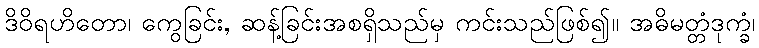
ဒိဝိရဟိတော၊ ကွေခြင်း, ဆန့်ခြင်းအစရှိသည်မှ ကင်းသည်ဖြစ်၍။ အဓိမတ္တံဒုက္ခံ၊